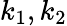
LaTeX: k_{1},k_{2}